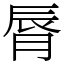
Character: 脣